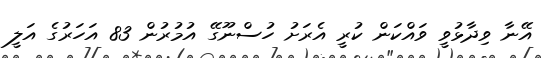
އޭނާ ވިދާޅުވީ ވައްކަން ކުރީ އެރަށު ހުސްނޫގޭ އުމުރުން 83 އަހަރުގެ އަލީ